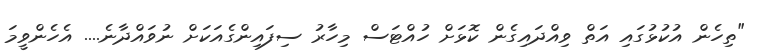
"ތިހެން އުކުޅުގައި އަތް ވިއްދައިގެން ކޮޅަށް ހުއްޓަސް މިހާރު ސިފައިންގެއަކަށް ނުވައްދާނެ.... އެހެންވީމަ